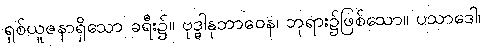
ရှစ်ယူဇနာရှိသော ခရီး၌။ ဗုဒ္ဓါနုဘာဝေန၊ ဘုရား၌ဖြစ်သော။ ပသာဒေါ၊